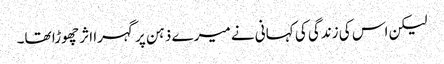
لیکن اس کی زندگی کی کہانی نے میرے ذہن پر گہرا اثر چھوڑا تھا۔